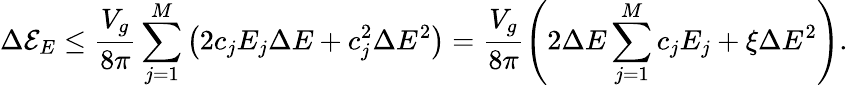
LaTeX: \Delta\mathcal{E}_{E}\leq\frac{V_{g}}{8\pi}\sum_{j=1}^{M}\left(2c_{j}E_{j}\Delta E+c_{j}^{2}\Delta E^{2}\right)=\frac{V_{g}}{8\pi}\left(2\Delta E\sum_{j=1}^{M}c_{j}E_{j}+\xi\Delta E^{2}\right).